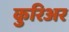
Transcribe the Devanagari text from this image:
कुरिअर